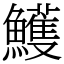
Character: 鱯